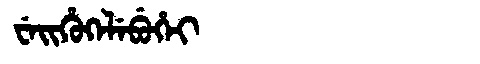
Manchu: ᠸᡝᡳᡥᡠᡴᡝᠯᡝᠪᡠᡥᡝᡳ
Romanization: WEIHUKELEBUHEI